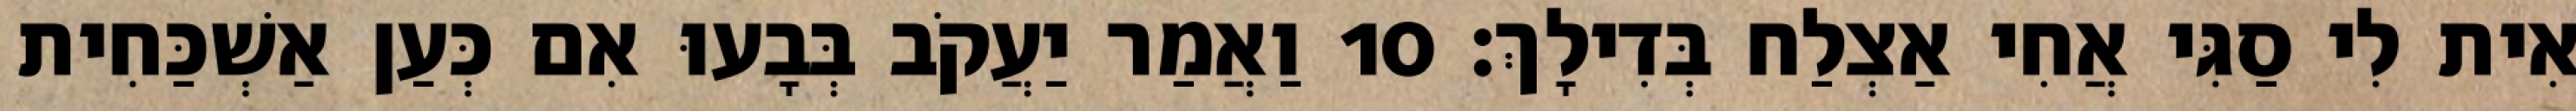
אִית לִי סַגִּי אֲחִי אַצְלַח בְּדִילָךְ׃ 10 וַאֲמַר יַעֲקֹב בְּבָעוּ אִם כְּעַן אַשְׁכַּחִית